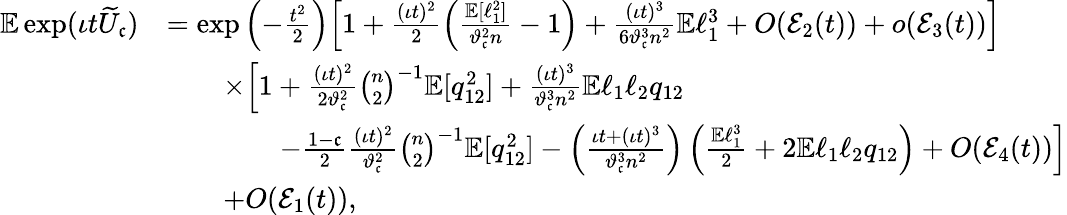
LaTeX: \begin{array}{rl}{\mathbb{E}\exp(\iota t\widetilde{U}_{\mathfrak{c}})}&{=\exp\left(-\frac{t^{2}}{2}\right)\Big[1+\frac{(\iota t)^{2}}{2}\left(\frac{\mathbb{E}[\ell_{1}^{2}]}{\vartheta_{\mathfrak{c}}^{2}n}-1\right)+\frac{(\iota t)^{3}}{6\vartheta_{\mathfrak{c}}^{3}n^{2}}\mathbb{E}\ell_{1}^{3}+O(\mathcal{E}_{2}(t))+o(\mathcal{E}_{3}(t))\Big]}\\ &{\qquad\times\Big[1+\frac{(\iota t)^{2}}{2\vartheta_{\mathfrak{c}}^{2}}\binom{n}{2}^{-1}\mathbb{E}[q_{12}^{2}]+\frac{(\iota t)^{3}}{\vartheta_{\mathfrak{c}}^{3}n^{2}}\mathbb{E}\ell_{1}\ell_{2}q_{12}}\\ &{\qquad\qquad-\frac{1-\mathfrak{c}}{2}\frac{(\iota t)^{2}}{\vartheta_{\mathfrak{c}}^{2}}\binom{n}{2}^{-1}\mathbb{E}[q_{12}^{2}]-\left(\frac{\iota t+(\iota t)^{3}}{\vartheta_{\mathfrak{c}}^{3}n^{2}}\right)\left(\frac{\mathbb{E}\ell_{1}^{3}}{2}+2\mathbb{E}\ell_{1}\ell_{2}q_{12}\right)+O(\mathcal{E}_{4}(t))\Big]}\\ &{\qquad+O(\mathcal{E}_{1}(t)),}\end{array}